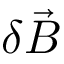
\delta \vec { B }